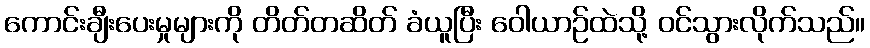
ကောင်းချီးပေးမှုများကို တိတ်တဆိတ် ခံယူပြီး ဝေါယာဉ်ထဲသို့ ဝင်သွားလိုက်သည်။